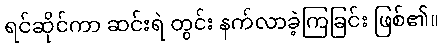
ရင်ဆိုင်ကာ ဆင်းရဲ တွင်း နက်လာခဲ့ကြခြင်း ဖြစ်၏။